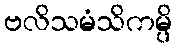
ဗလိသမံသိကမ္ပိ